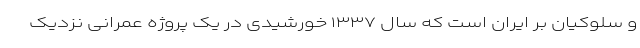
و سلوکیان بر ایران است که سال ۱۳۳۷ خورشیدی در یک پروژه عمرانی نزدیک